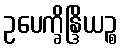
ဥပေက္ခိန္ဒြိယဉ္စ